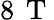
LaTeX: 8\, \mathrm{~T~}